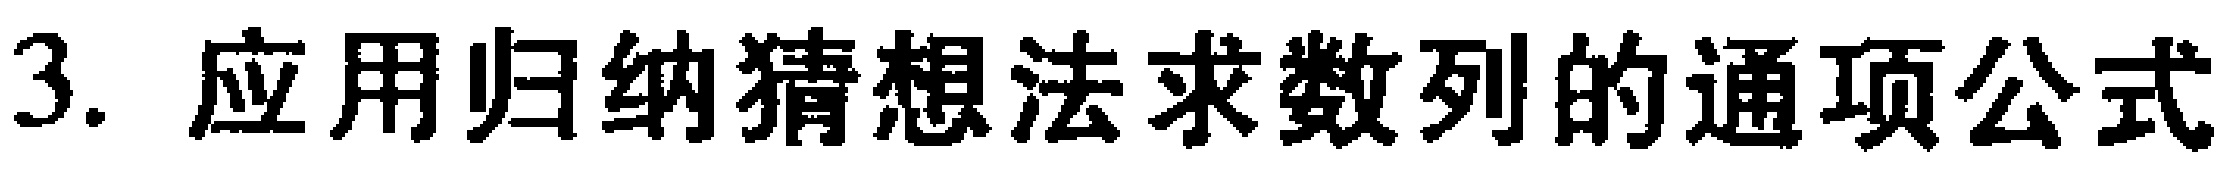
3. 应用归纳猜想法求数列的通项公式